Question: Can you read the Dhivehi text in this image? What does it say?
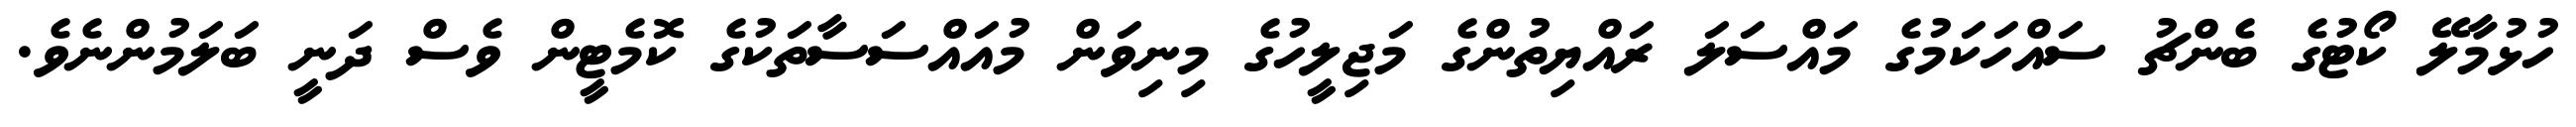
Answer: ހުޅުމާލޭ ކޯޓުގެ ބެންޗު ސައްހަކަމުގެ މައްސަލަ ރައްޔިތުންގެ މަޖިލީހުގެ މިނިވަން މުއައްސަސާތަކުގެ ކޮމެޓީން ވެސް ދަނީ ބަލަމުންނެވެ.